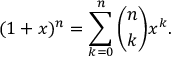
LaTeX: ( 1 + x ) ^ { n } = \sum _ { k = 0 } ^ { n } { \binom { n } { k } } x ^ { k } .